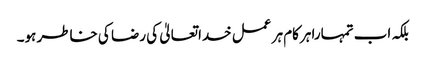
بلکہ اب تمہارا ہرکام ہر عمل خداتعالیٰ کی رضا کی خاطر ہو۔